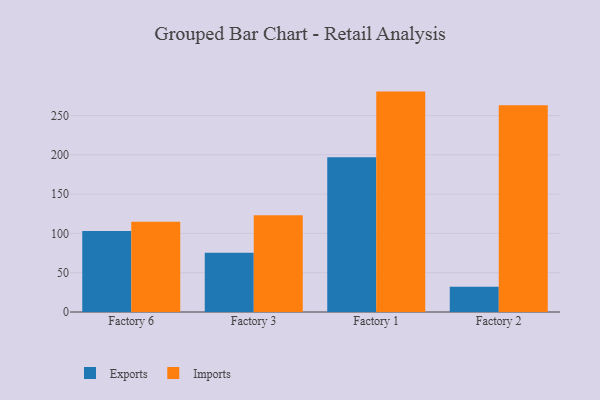
{"axis": {"x": "Factory", "y": "Website Visitors"}, "legend": ["Exports", "Imports"], "data": [{"x": "Factory 6", "y": 103.2, "type": "Exports"}, {"x": "Factory 6", "y": 114.9, "type": "Imports"}, {"x": "Factory 3", "y": 75.3, "type": "Exports"}, {"x": "Factory 3", "y": 123.2, "type": "Imports"}, {"x": "Factory 1", "y": 197.0, "type": "Exports"}, {"x": "Factory 1", "y": 280.5, "type": "Imports"}, {"x": "Factory 2", "y": 32.1, "type": "Exports"}, {"x": "Factory 2", "y": 263.0, "type": "Imports"}]}